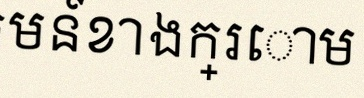
អនុគមន៍ខាងក្រោម